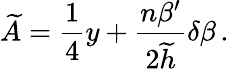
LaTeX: \widetilde{A}={\frac{1}{4}}y+{\frac{n\beta^{\prime}}{2\widetilde{h}}}\delta\beta\, .